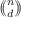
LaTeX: \textstyle { \left( \! \! { \binom { n } { d } } \! \! \right) }